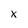
Character: x